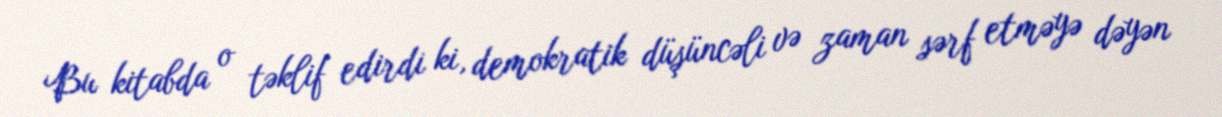
Bu kitabda o təklif edirdi ki, demokratik düşüncəli və zaman sərf etməyə dəyən